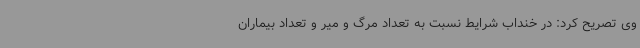
وی تصریح کرد: در خنداب شرایط نسبت به تعداد مرگ و میر و تعداد بیماران